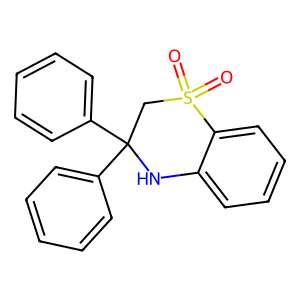
SMILES: O=S1(=O)CC(c2ccccc2)(c2ccccc2)Nc2ccccc21
Inhibits HIV replication: No